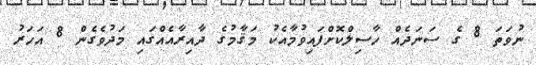
ނުވަތަ 8 ގެ ސަނަދެއް ހާސިލްކޮށްފައިވުމާއެކު މަޤާމުގެ ދާއިރާއެއްގައި މަދުވެގެން 8 އަހަރު